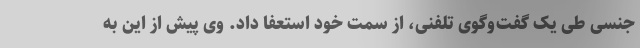
جنسی طی یک گفت‌و‌گوی تلفنی، از سمت خود استعفا داد. وی پیش از این به